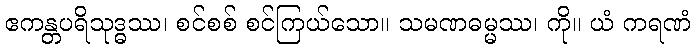
ဧကန္တပရိသုဒ္ဓဿ၊ စင်စစ် စင်ကြယ်သော။ သမဏဓမ္မဿ၊ ကို။ ယံ ကရဏံ